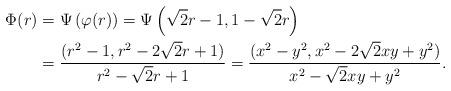
LaTeX: \begin{align*}\Phi(r) &= \Psi\left(\varphi(r)\right)= \Psi\left(\sqrt 2 r - 1, 1 - \sqrt 2 r \right)\\&=\frac{(r^2 - 1, r^2 - 2\sqrt2r + 1)}{r^2 - \sqrt2 r + 1}=\frac{(x^2 - y^2, x^2 - 2\sqrt 2 xy +y^2)}{x^2 - \sqrt 2 xy + y^2}.\end{align*}